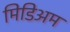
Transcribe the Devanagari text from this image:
मिडिअम